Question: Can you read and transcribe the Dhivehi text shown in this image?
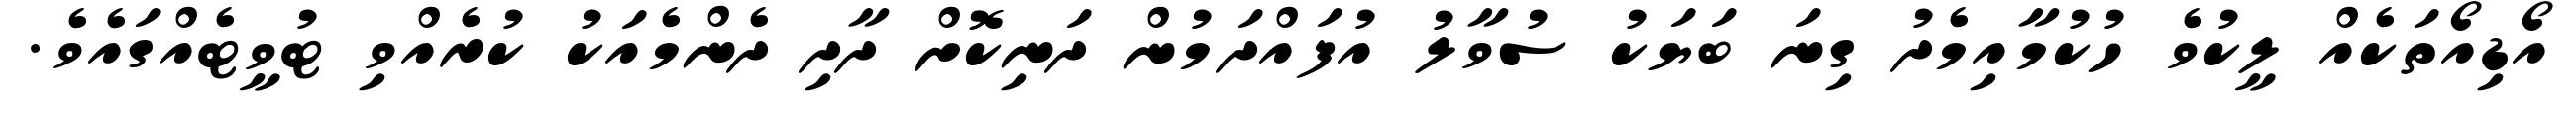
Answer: އޯޑިއޯތަކެއް ލީކުވެ ހުކުމާއިމެދު ގިނަ ބަޔަކު ސުވާލު އުފައްދަމުން ދަނިކޮށް ދާދި ދެންމެއަކު ކުރެއްވި ޓުވީޓެއްގައެވެ.